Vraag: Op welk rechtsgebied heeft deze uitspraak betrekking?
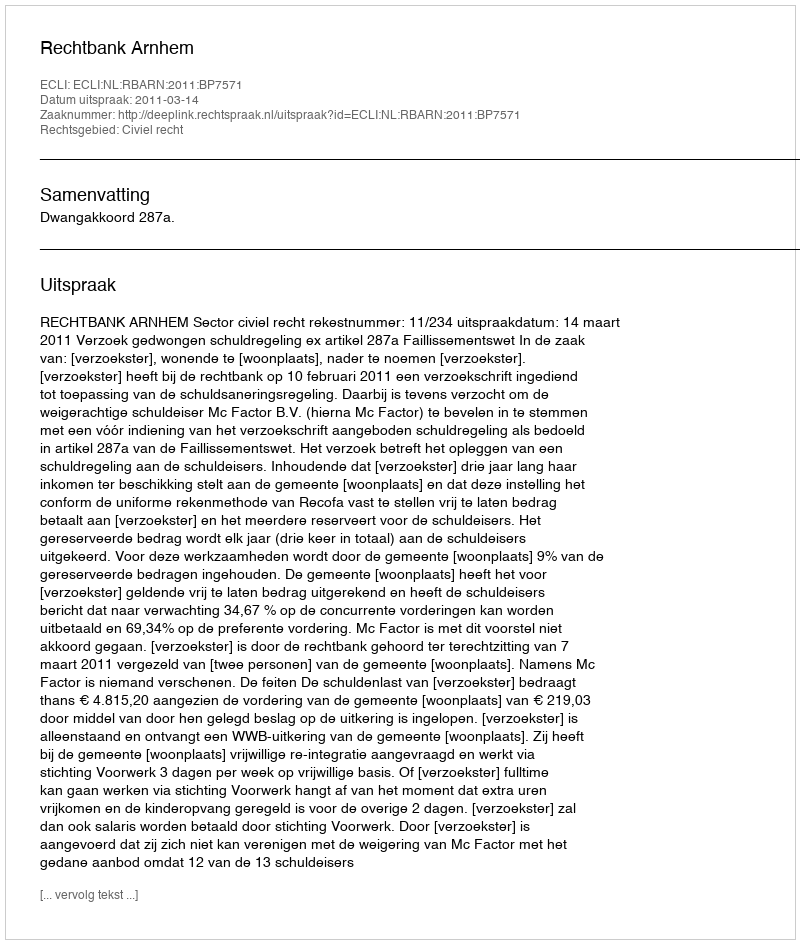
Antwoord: Civiel recht